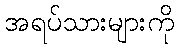
အရပ်သားများကို